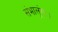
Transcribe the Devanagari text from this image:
संभालूंगा।